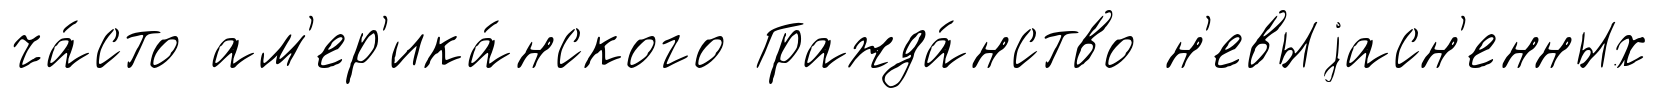
ча́сто ам'ер'ика́нского Гражда́нство н'евыjасн'енных